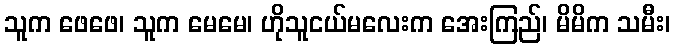
သူက ဖေဖေ၊ သူက မေမေ၊ ဟိုသူငယ်မလေးက အေးကြည်၊ မိမိက သမီး၊